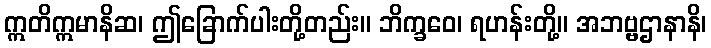
ဣတိဣမာနိဆ၊ ဤခြောက်ပါးတို့တည်း။ ဘိက္ခဝေ၊ ရဟန်းတို့။ အဘဗ္ဗဌာနာနိ၊